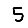
Digit: 5